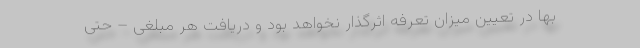
بها در تعیین میزان تعرفه اثرگذار نخواهد بود و دریافت هر مبلغی – حتی